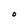
Character: O